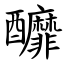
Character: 釄